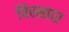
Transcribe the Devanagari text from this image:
विस्स्तार